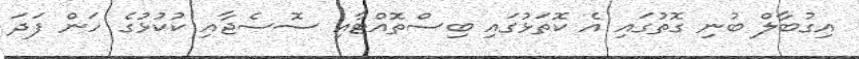
އިގުބާލް ބުނި ގޮތުގައި އެ ކޮތަޅުގައި ބިސްތޮއްޓާއި ސޮސެޖާއި ކުކުޅުގެ ހަން ފަދަ